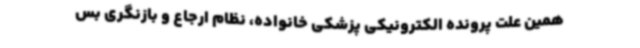
همین علت پرونده الکترونیکی پزشکی خانواده، نظام ارجاع و بازنگری بس